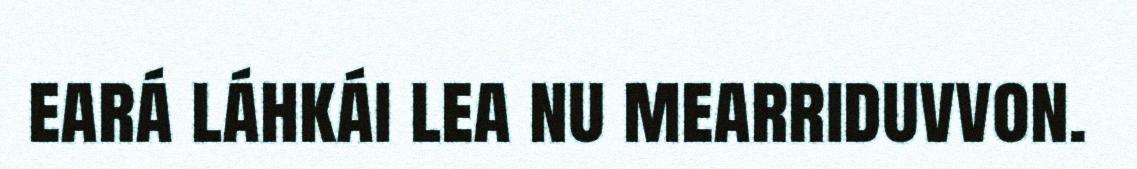
eará láhkái lea nu mearriduvvon.